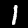
Digit: 1